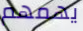
يهمهم